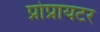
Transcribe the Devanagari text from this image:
प्रोप्रायटर